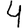
Digit: 4